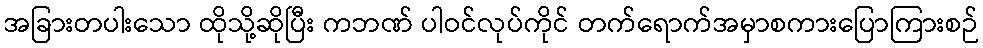
အခြားတပါးသော ထိုသို့ဆိုပြီး ကဘဏ် ပါဝင်လုပ်ကိုင် တက်ရောက်အမှာစကားပြောကြားစဉ်